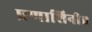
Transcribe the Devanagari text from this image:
प्रणाशिनी॥